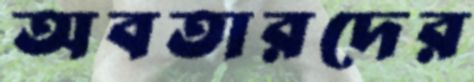
অবতারদের